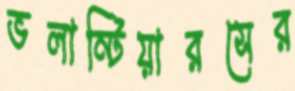
ভলান্টিয়ারসের